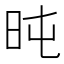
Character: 旽